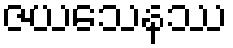
ဇယသေနဿ